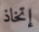
إتخاذ